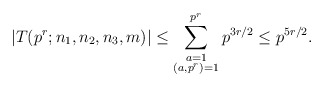
\begin{align*}|T(p^r;n_1,n_2,n_3,m)|\le \sum_{\substack{a=1\\ (a,p^r)=1}}^{p^r}p^{3r/2}\le p^{5r/2}.\end{align*}